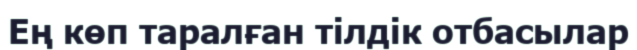
Ең көп таралған тілдік отбасылар